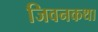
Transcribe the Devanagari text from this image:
जिवनकथा